Report on sanitation, dispensaries, and jails in Rajputana for 1913, and on vaccination for the year 1913-1914 - 1913-1914
Year: 1913
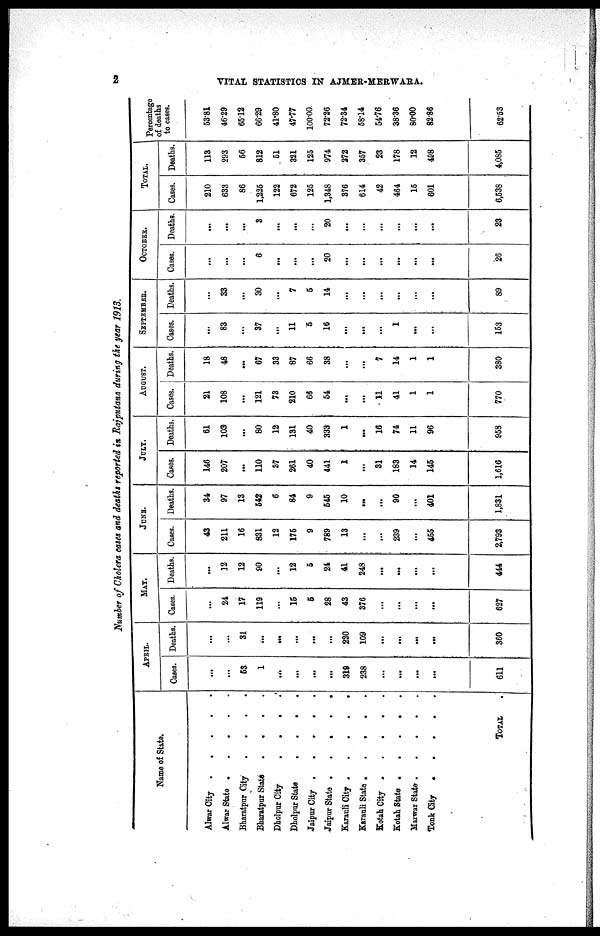
2
VITAL STATISTICS IN AJMER-MERWARA.
Number of Cholera cases and deaths reported in Rajputana during the year 1913.
Name of State.
Alwar City
.
.
.
.
Alwar State
.
.
.
.
.
Bharatpur City . . . . .
Bharatpur State . . . .
Dholpur City . . . . .
Dholpur State
.
.
.
.
Jaipur City
. . . . .
Jaipur State . . . .
Karauli City
.
.
.
.
.
Karauli State
.
.
.
.
.
Kotah City . . . . . .
Kotah State . . . . .
Marwar State
.
.
.
.
Tonk City . . . . .
TOTAL .
APRIL.
Cases.
...
...
53
1
...
...
...
...
319
238
...
...
...
...
611
Deaths.
...
...
31
...
...
...
...
...
220
109
...
...
...
...
360
MAY.
Cases.
...
24
17
119
...
15
5
28
43
376
...
...
...
...
627
Deaths.
...
12
12
90
...
12
5
24
41
248
...
...
...
...
444
JUNE.
Cases.
43
211
16
831
12
175
9
789
13
...
...
239
...
455
2,793
Deaths.
34
97
13
542
6
84
9
545
10
...
...
90
...
401
1,831
JULY.
Cases.
146
207
...
110
37
261
40
441
1
...
31
183
14
145
1,616
Deaths.
61
103
...
80
12
131
40
333
1
...
16
74
11
96
958
AUGUST.
Cases.
21
108
...
121
73
210
66
54
...
...
11
41
1
1
770
Deaths.
18
48
...
67
33
87
66
38
...
...
7
14
1
1
380
SEPTEMBER.
Cases.
...
83
...
37
...
11
5
16
...
...
...
1
...
...
153
Deaths.
...
33
...
30
...
7
5
14
...
...
...
...
...
...
89
OCTOBER.
Cases.
...
...
...
6
...
...
...
20
...
...
...
...
...
...
26
Deaths.
...
...
...
3
...
...
...
20
...
...
...
...
...
...
23
TOTAL.
Cases.
210
633
86
1,225
122
672
125
1,348
376
614
42
464
15
601
6,538
Deaths.
113
293
56
812
51
321
125
974
272
357
23
178
12
498
4,085
Percentage
of deaths
to cases.
53.81
46.29
65.12
66.29
41.80
47.77
100.00
72.26
72.34
58.14
54.76
38.36
80.00
82.86
62.53